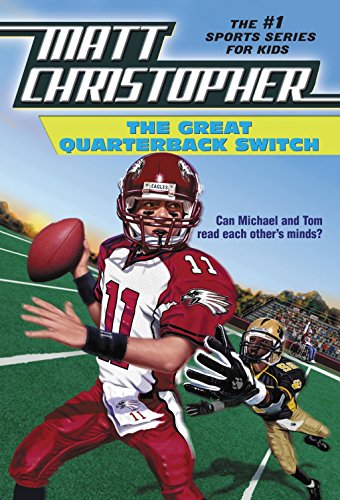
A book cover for The Great Quarterback Switch (Matt Christopher Sports Classics); Matt Christopher; Children's Books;